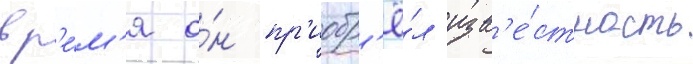
вр'е́м'я о́н пр'иобр'ё́л изв'е́стность